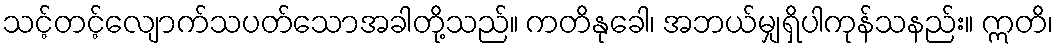
သင့်တင့်လျောက်သပတ်သောအခါတို့သည်။ ကတိနုခေါ၊ အဘယ်မျှရှိပါကုန်သနည်း။ ဣတိ၊